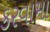
કરવામા